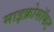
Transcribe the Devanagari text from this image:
माइक्रोसॉफट